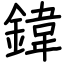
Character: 鍏